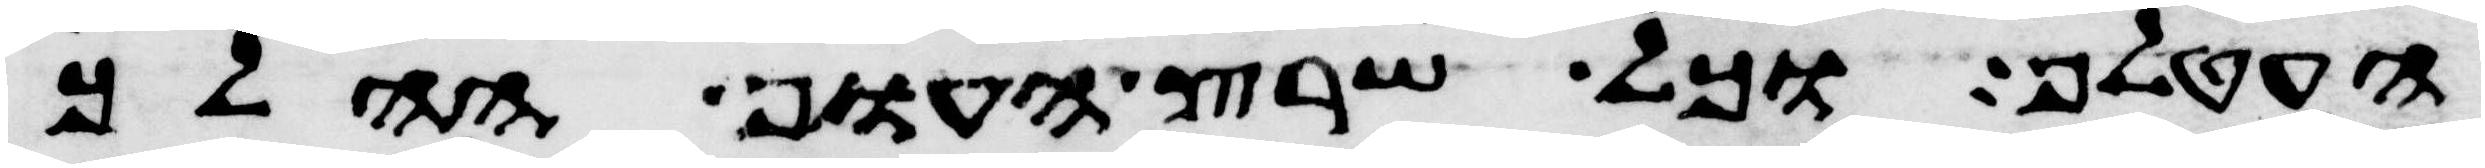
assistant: העטלף כל שרץ העוף ההלך